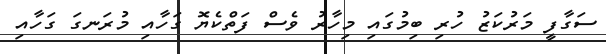
ސަގާފީ މަރުކަޒު ހުރި ބިމުގައި މިހާރު ވެސް ފަތްކެޔޮ ގަހާއި މުރަނގަ ގަހާއި